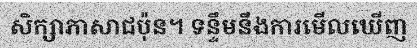
សិក្សាភាសាជប៉ុន។ ទន្ទឹមនឹងការមើលឃើញ